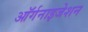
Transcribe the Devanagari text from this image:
आॅर्गनाइजेशन